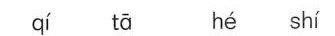
qí tā hé shí